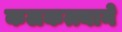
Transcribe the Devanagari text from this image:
कलकत्त्याने